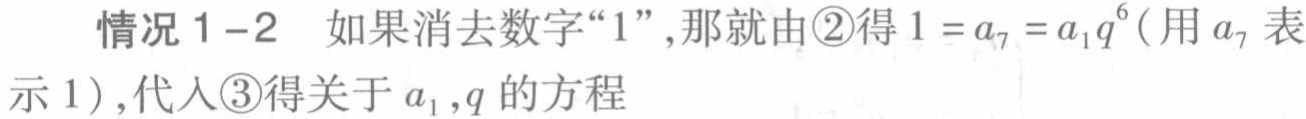
情况 1--2 如果消去数字“1”,那就由\textcircled{2}得\(1 = a_{7}=a_{1}q^{6}\)(用\(a_{7}\)表示 1),代入\textcircled{3}得关于\(a_{1},q\)的方程